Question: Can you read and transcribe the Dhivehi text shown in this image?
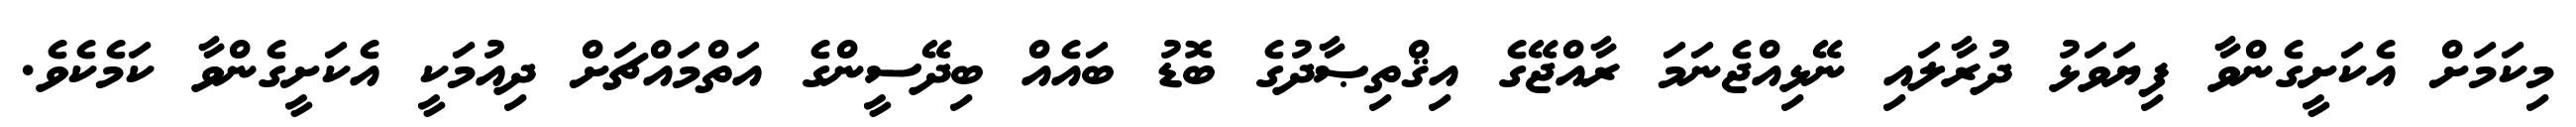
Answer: މިކަމަށް އެކަށީގެންވާ ފިޔަވަޅު ދުރާލައި ނޭޅިއްޖެނަމަ ރާއްޖޭގެ އިޤްތިޞާދުގެ ބޮޑު ބައެއް ބިދޭސީންގެ އަތްމައްޗަށް ދިއުމަކީ އެކަށީގެންވާ ކަމެކެވެ.